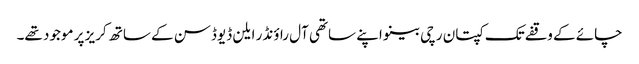
چائے کے وقفے تک کپتان رچی بینو اپنے ساتھی آل راؤنڈر ایلن ڈیوڈسن کے ساتھ کریز پر موجود تھے۔